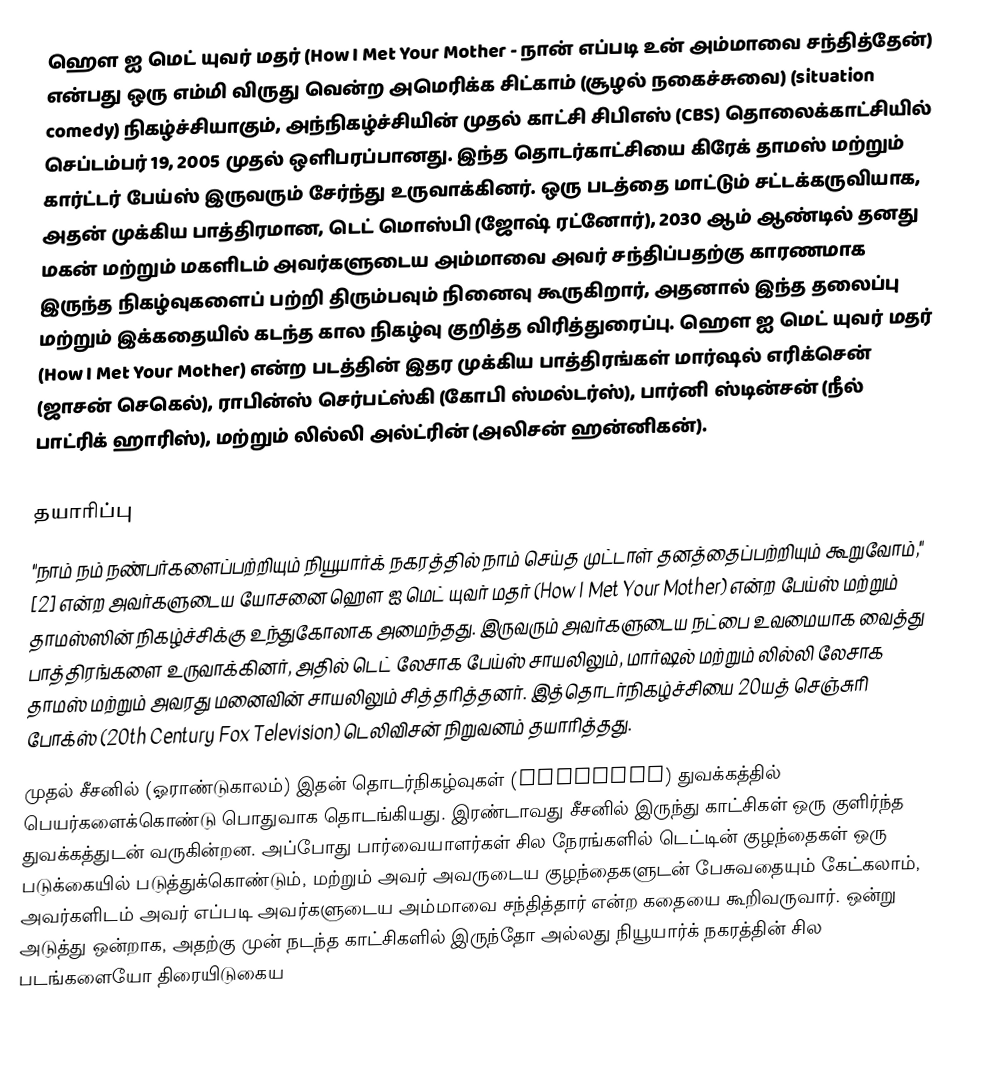
ஹௌ ஐ மெட் யுவர் மதர் (How I Met Your Mother - நான் எப்படி உன் அம்மாவை சந்தித்தேன்)  என்பது ஒரு எம்மி விருது வென்ற அமெரிக்க சிட்காம் (சூழல் நகைச்சுவை) (situation comedy) நிகழ்ச்சியாகும், அந்நிகழ்ச்சியின் முதல் காட்சி சிபிஎஸ் (CBS) தொலைக்காட்சியில் செப்டம்பர் 19, 2005 முதல் ஒளிபரப்பானது. இந்த தொடர்காட்சியை கிரேக் தாமஸ் மற்றும் கார்ட்டர் பேய்ஸ் இருவரும் சேர்ந்து உருவாக்கினர். ஒரு படத்தை மாட்டும் சட்டக்கருவியாக, அதன் முக்கிய பாத்திரமான, டெட் மொஸ்பி (ஜோஷ் ரட்னோர்), 2030 ஆம் ஆண்டில் தனது மகன் மற்றும் மகளிடம் அவர்களுடைய அம்மாவை அவர் சந்திப்பதற்கு காரணமாக இருந்த நிகழ்வுகளைப் பற்றி திரும்பவும் நினைவு கூருகிறார், அதனால் இந்த தலைப்பு மற்றும் இக்கதையில் கடந்த கால நிகழ்வு குறித்த விரித்துரைப்பு. ஹௌ ஐ மெட் யுவர் மதர் (How I Met Your Mother) என்ற படத்தின் இதர முக்கிய பாத்திரங்கள் மார்ஷல் எரிக்சென் (ஜாசன் செகெல்), ராபின்ஸ் செர்பட்ஸ்கி (கோபி ஸ்மல்டர்ஸ்), பார்னி ஸ்டின்சன் (நீல் பாட்ரிக் ஹாரிஸ்), மற்றும் லில்லி அல்ட்ரின் (அலிசன் ஹன்னிகன்).

தயாரிப்பு
"நாம் நம் நண்பர்களைப்பற்றியும் நியூயார்க் நகரத்தில் நாம் செய்த முட்டாள் தனத்தைப்பற்றியும் கூறுவோம்," [2] என்ற அவர்களுடைய யோசனை ஹௌ ஐ மெட் யுவர் மதர் (How I Met Your Mother) என்ற பேய்ஸ் மற்றும் தாமஸ்ஸின் நிகழ்ச்சிக்கு உந்துகோலாக அமைந்தது. இருவரும் அவர்களுடைய நட்பை உவமையாக வைத்து பாத்திரங்களை உருவாக்கினர், அதில் டெட் லேசாக பேய்ஸ் சாயலிலும், மார்ஷல் மற்றும் லில்லி லேசாக தாமஸ் மற்றும் அவரது மனைவின் சாயலிலும் சித்தரித்தனர். இத்தொடர்நிகழ்ச்சியை 20யத் செஞ்சுரி போக்ஸ் (20th Century Fox Television) டெலிவிசன் நிறுவனம் தயாரித்தது.
முதல் சீசனில் (ஓராண்டுகாலம்) இதன் தொடர்நிகழ்வுகள் (Episodes) துவக்கத்தில் பெயர்களைக்கொண்டு பொதுவாக தொடங்கியது. இரண்டாவது சீசனில் இருந்து காட்சிகள் ஒரு குளிர்ந்த துவக்கத்துடன் வருகின்றன. அப்போது பார்வையாளர்கள் சில நேரங்களில் டெட்டின் குழந்தைகள் ஒரு படுக்கையில் படுத்துக்கொண்டும், மற்றும் அவர் அவருடைய குழந்தைகளுடன் பேசுவதையும் கேட்கலாம், அவர்களிடம் அவர் எப்படி அவர்களுடைய அம்மாவை சந்தித்தார் என்ற கதையை கூறிவருவார். ஒன்று அடுத்து ஒன்றாக, அதற்கு முன் நடந்த காட்சிகளில் இருந்தோ அல்லது நியூயார்க் நகரத்தின் சில படங்களையோ திரையிடுகைய